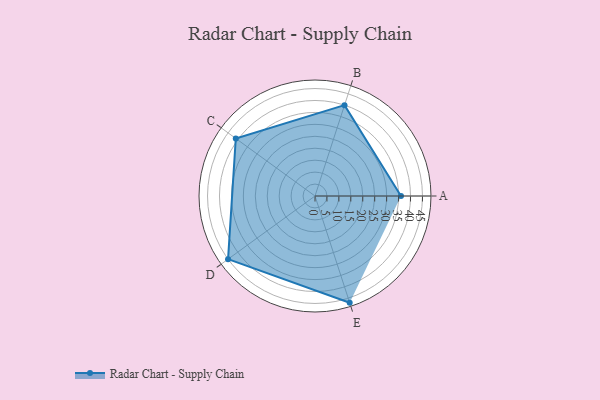
{"axis": {"x": "Skill", "y": "Score"}, "legend": ["Profile"], "data": [{"x": "A", "y": 36.0, "type": "Profile"}, {"x": "B", "y": 40.0, "type": "Profile"}, {"x": "C", "y": 41.0, "type": "Profile"}, {"x": "D", "y": 45.0, "type": "Profile"}, {"x": "E", "y": 47.0, "type": "Profile"}]}